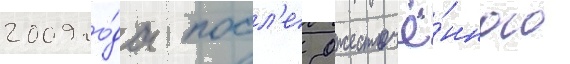
2009 го́да посл'е ожесточё́нного